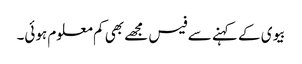
بیوی کے کہنے سے فیس مجھے بھی کم معلوم ہوئی۔